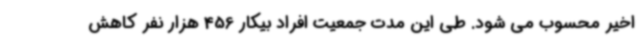
اخیر محسوب می شود. طی این مدت جمعیت افراد بیکار 456 هزار نفر کاهش